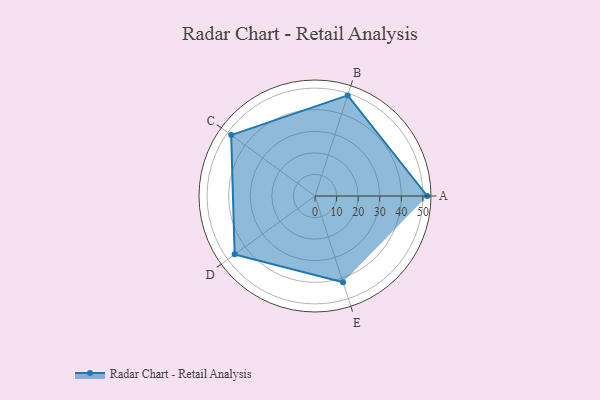
{"axis": {"x": "Skill", "y": "Score"}, "legend": ["Profile"], "data": [{"x": "A", "y": 52.0, "type": "Profile"}, {"x": "B", "y": 49.0, "type": "Profile"}, {"x": "C", "y": 48.0, "type": "Profile"}, {"x": "D", "y": 46.0, "type": "Profile"}, {"x": "E", "y": 42.0, "type": "Profile"}]}